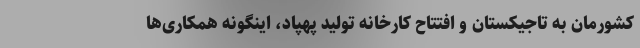
کشورمان به تاجیکستان و افتتاح کارخانه تولید پهپاد، اینگونه همکاری‌ها